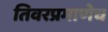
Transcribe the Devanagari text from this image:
तिवरप्रमाणेच